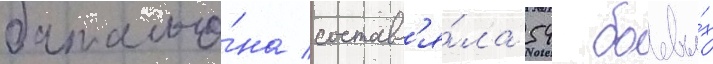
батальо́на составл'я́ла 54 боевы́х